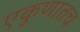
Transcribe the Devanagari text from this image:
एकुणातच